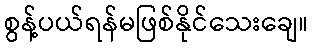
စွန့်ပယ်ရန်မဖြစ်နိုင်သေးချေ။